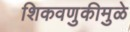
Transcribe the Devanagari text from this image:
शिकवणुकीमुळे